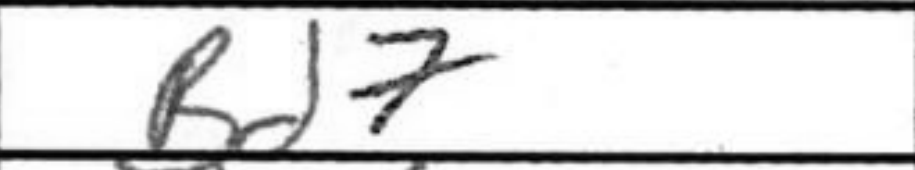
Transcription: Bd7